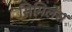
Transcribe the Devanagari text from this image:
सिमिलेस